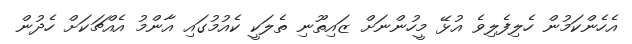
އެހެންކަމުން ހެލިފެލިވެ އުޅޭ މީހުންނަށް ޒައިތޫނި ތެލަކީ ކެއުމުގައި އާންމު އެއްޗަކަށް ހެދުން